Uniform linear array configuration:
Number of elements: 48
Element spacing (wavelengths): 0.5
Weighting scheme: blackman
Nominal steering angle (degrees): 60
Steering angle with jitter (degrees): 58.039
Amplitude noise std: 0.05
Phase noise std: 0.05

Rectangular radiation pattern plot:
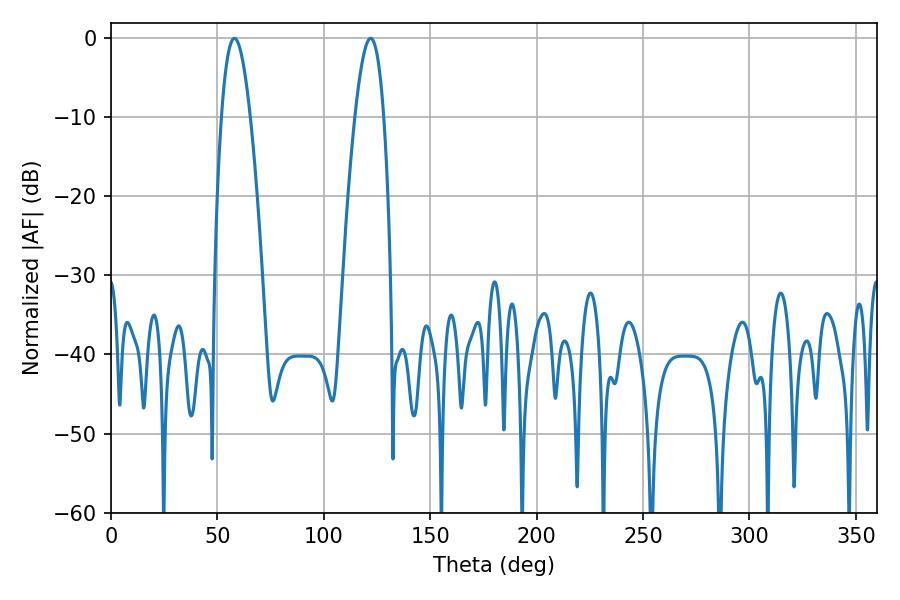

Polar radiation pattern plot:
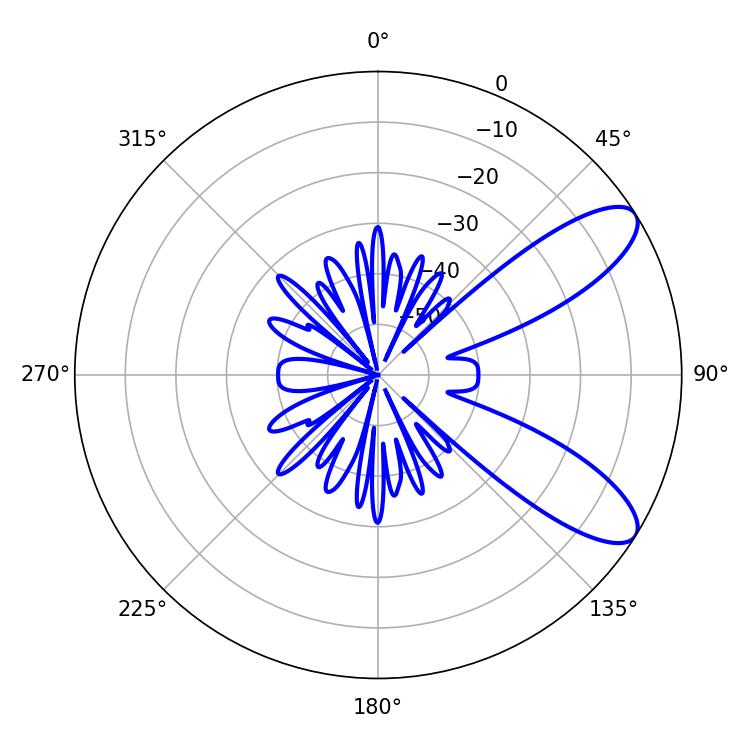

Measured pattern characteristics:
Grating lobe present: FALSE
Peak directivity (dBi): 9.256
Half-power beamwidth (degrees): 7.38
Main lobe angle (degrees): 57.96